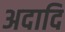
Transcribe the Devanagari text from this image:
अदादि